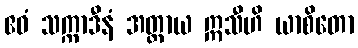
ဧဝံ သက္ကာဒီနံ အတ္ထာယ ဣသီဟိ ယာစိတော